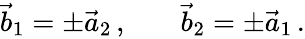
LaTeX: \begin{array}{rlr}{\vec{b}_{1}=\pm\vec{a}_{2}\, ,}&{{}}&{\vec{b}_{2}=\pm\vec{a}_{1}\, .}\end{array}